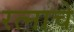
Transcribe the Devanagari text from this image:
रत्नाचे